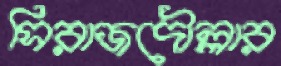
সিরাজদৌল্লার